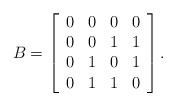
\begin{align*}B = \left[\begin{array}{cccc} 0 & 0 & 0 & 0 \\ 0 & 0 & 1 & 1 \\ 0 & 1 & 0 & 1 \\ 0 & 1 & 1 & 0 \\\end{array}\right].\end{align*}